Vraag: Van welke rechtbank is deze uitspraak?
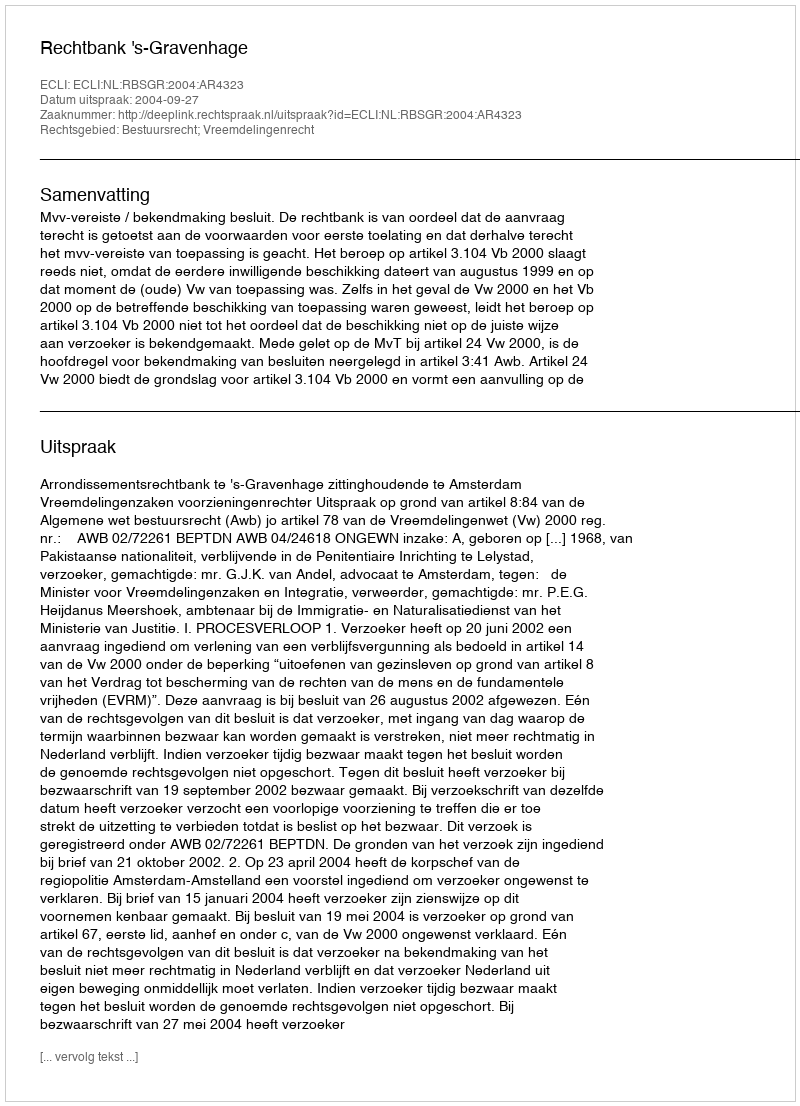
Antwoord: Rechtbank 's-Gravenhage